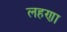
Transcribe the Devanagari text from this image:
लहणा